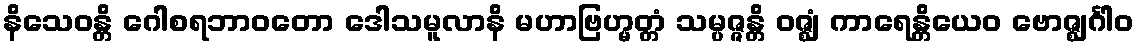
နိသေဝန္တိ ဂေါစရဘာဝတော ဒေါသမူလာနိ မဟာဗြဟ္မတ္တံ သမ္ပဇ္ဇန္တိ ဝဇ္ဈံ ကာရေန္တိယေဝ ဗောဇ္ဈင်္ဂါဝ